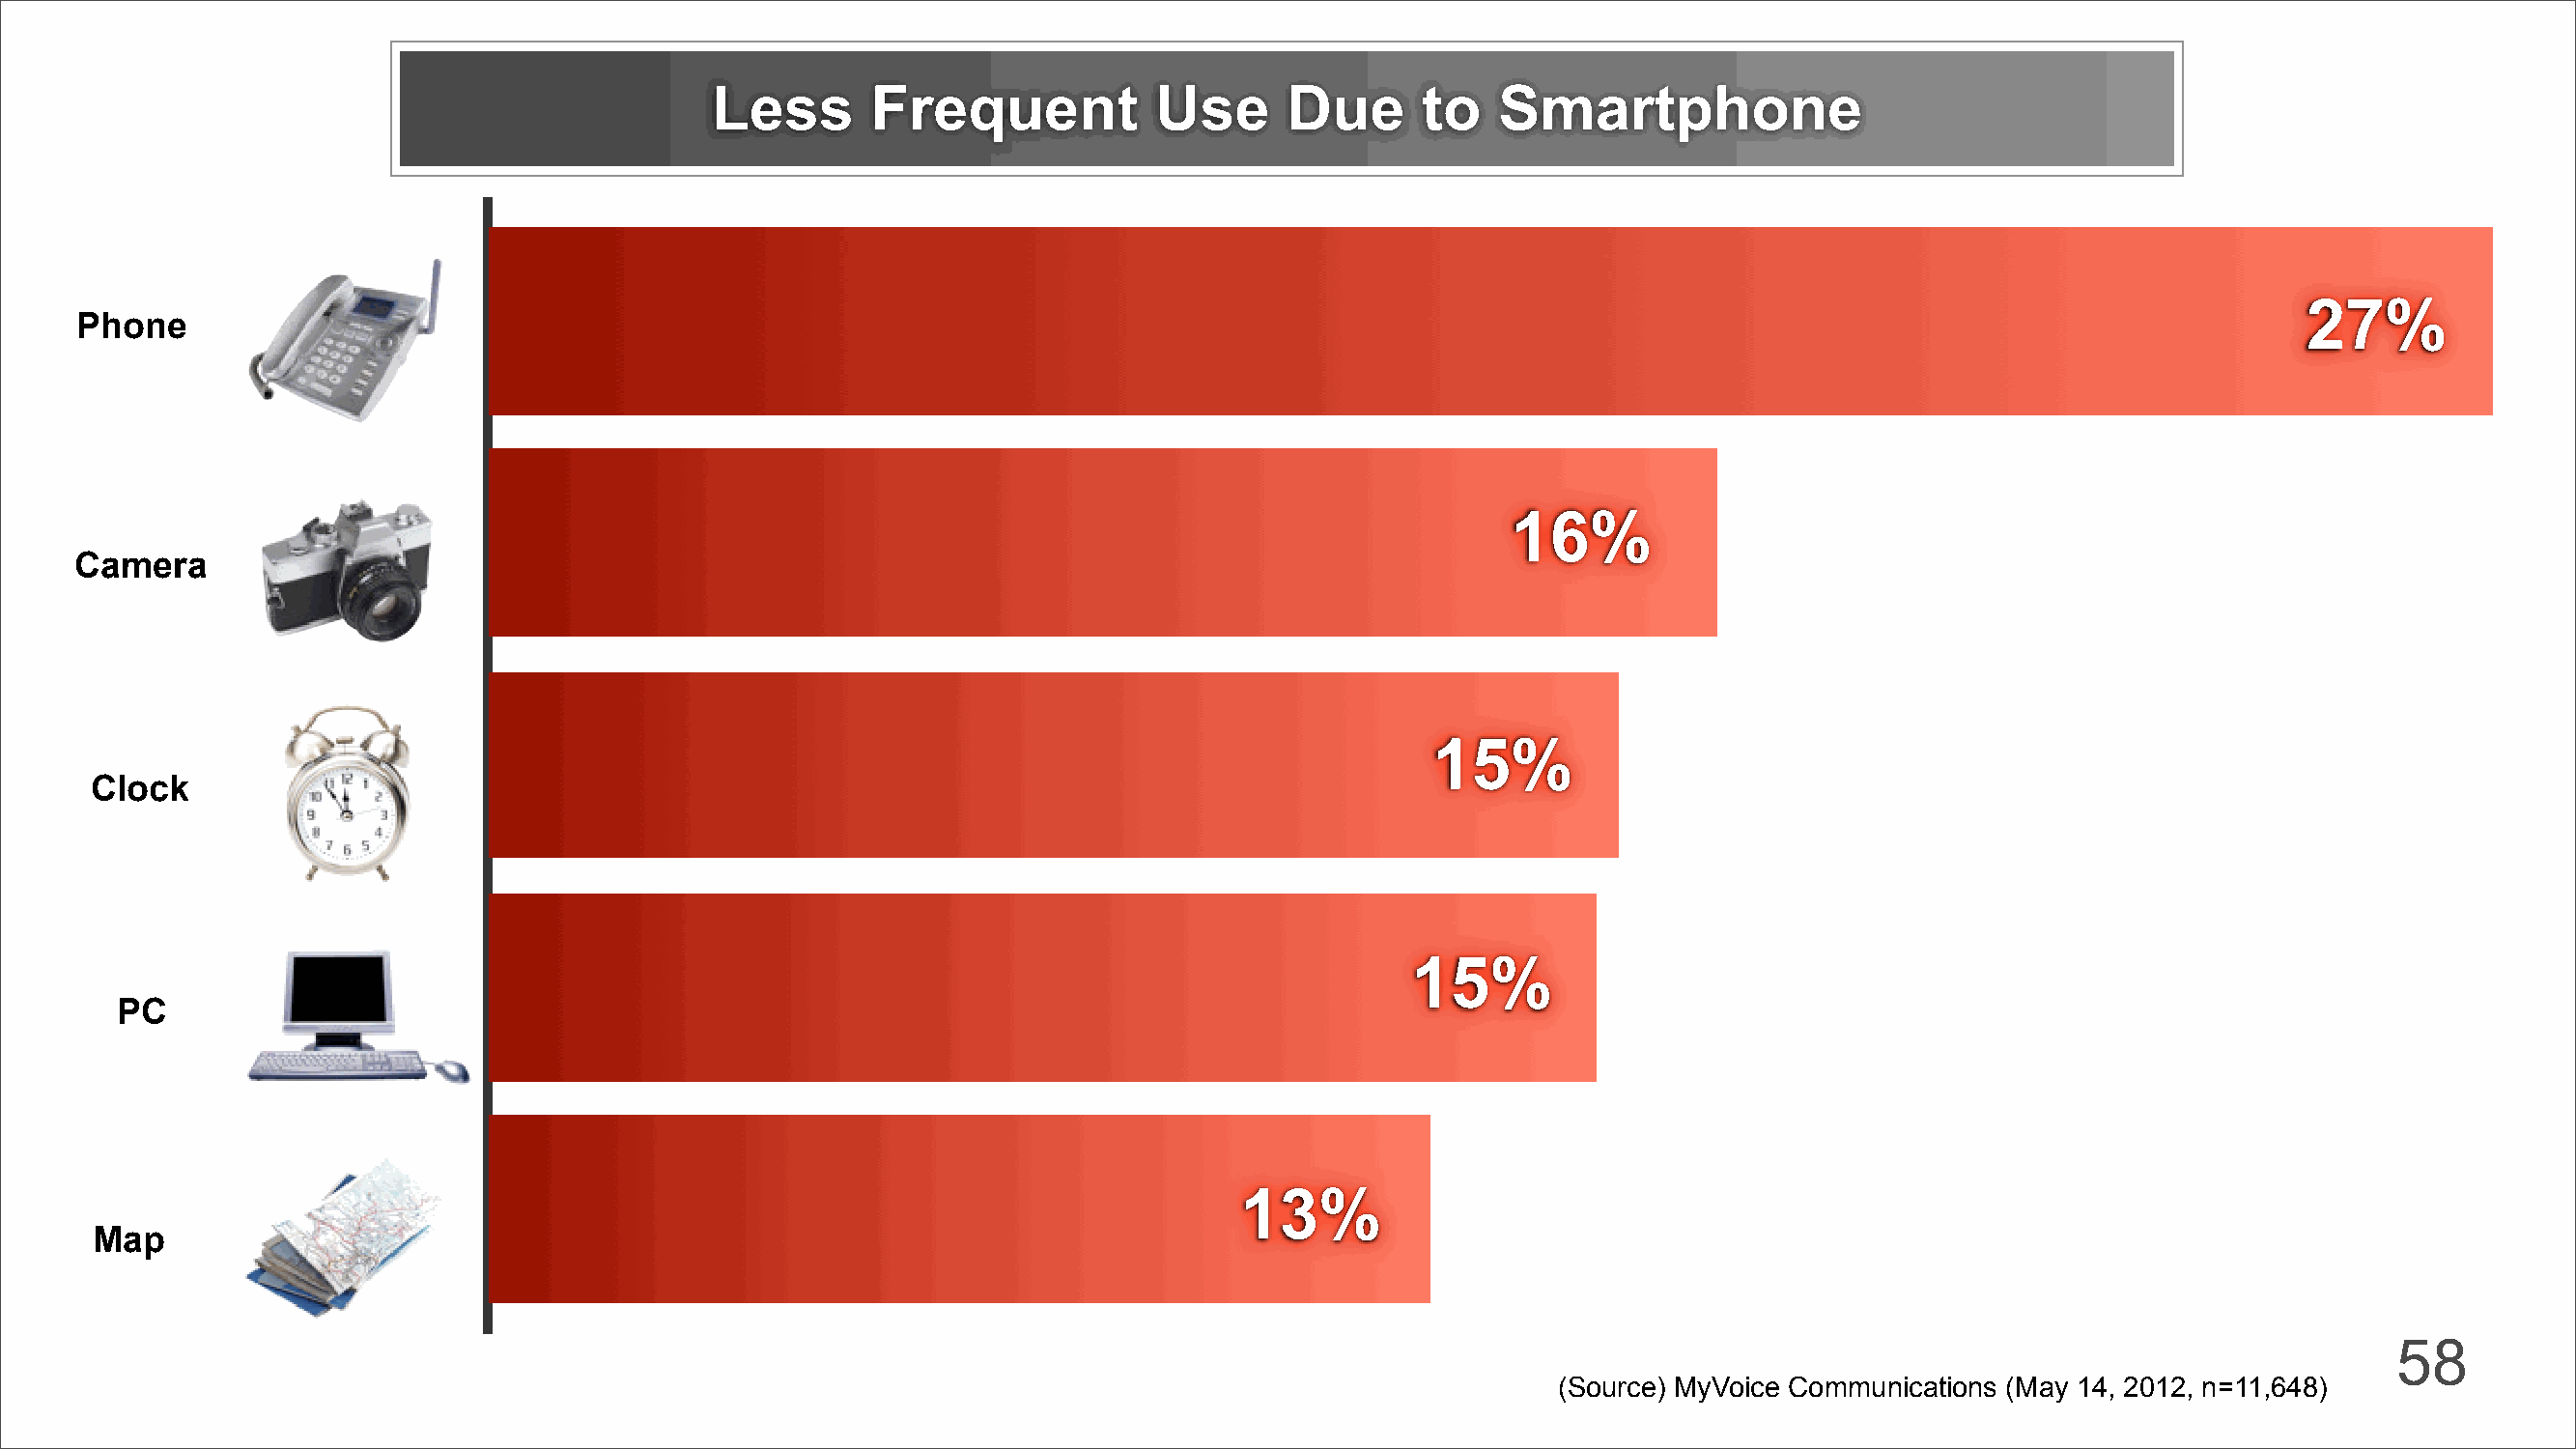
Less       Frequent           Use      Due      to    Smartphone
 27%
 Phone
 16%
 Camera
 15%
 Clock
 15%
 PC
 13%
 Map
 58
 (Source) MyVoice Communications (May 14, 2012, n=11,648)